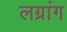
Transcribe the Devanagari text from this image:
लग्रांग